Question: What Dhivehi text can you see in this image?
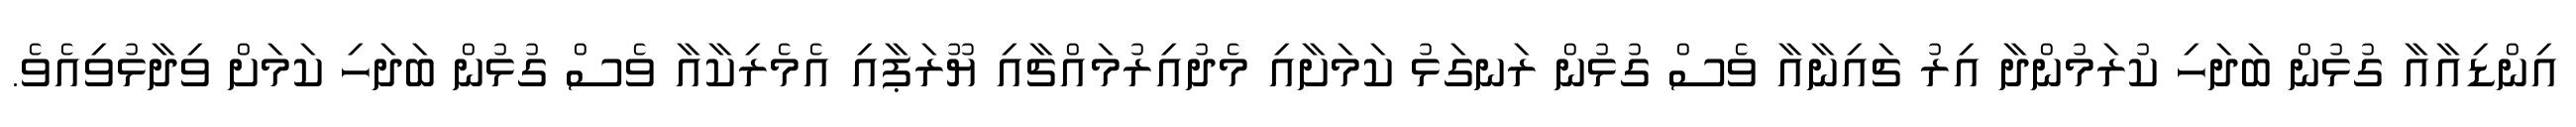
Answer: އިންޑިއާއާ ގުޅުން ބަދަހި ކުރަމުންދާ އިރު ޗައިނާއާ ވެސް ގުޅުން ރަނގަޅު ކަމަށާއި މެދުއިރުމައްޗާއި ޔޫރަޕާއި އެމެރިކާއާ ވެސް ގުޅުން ބަދަހި ކަމަށް ވިދާޅުވިއެވެ.